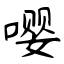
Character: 嘤